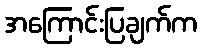
အကြောင်းပြချက်က